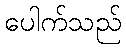
ပေါက်သည်